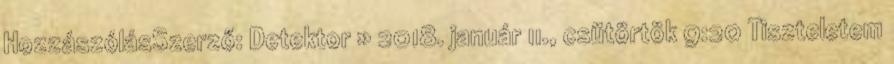
HozzászólásSzerző: Detektor » 2018. január 11., csütörtök 9:20 Tiszteletem